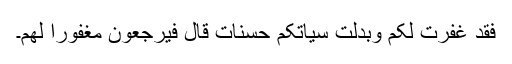
فقد غفرت لکم وبدلت سیاتکم حسنات قال فیرجعون مغفورا لھم۔